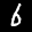
Label: 6